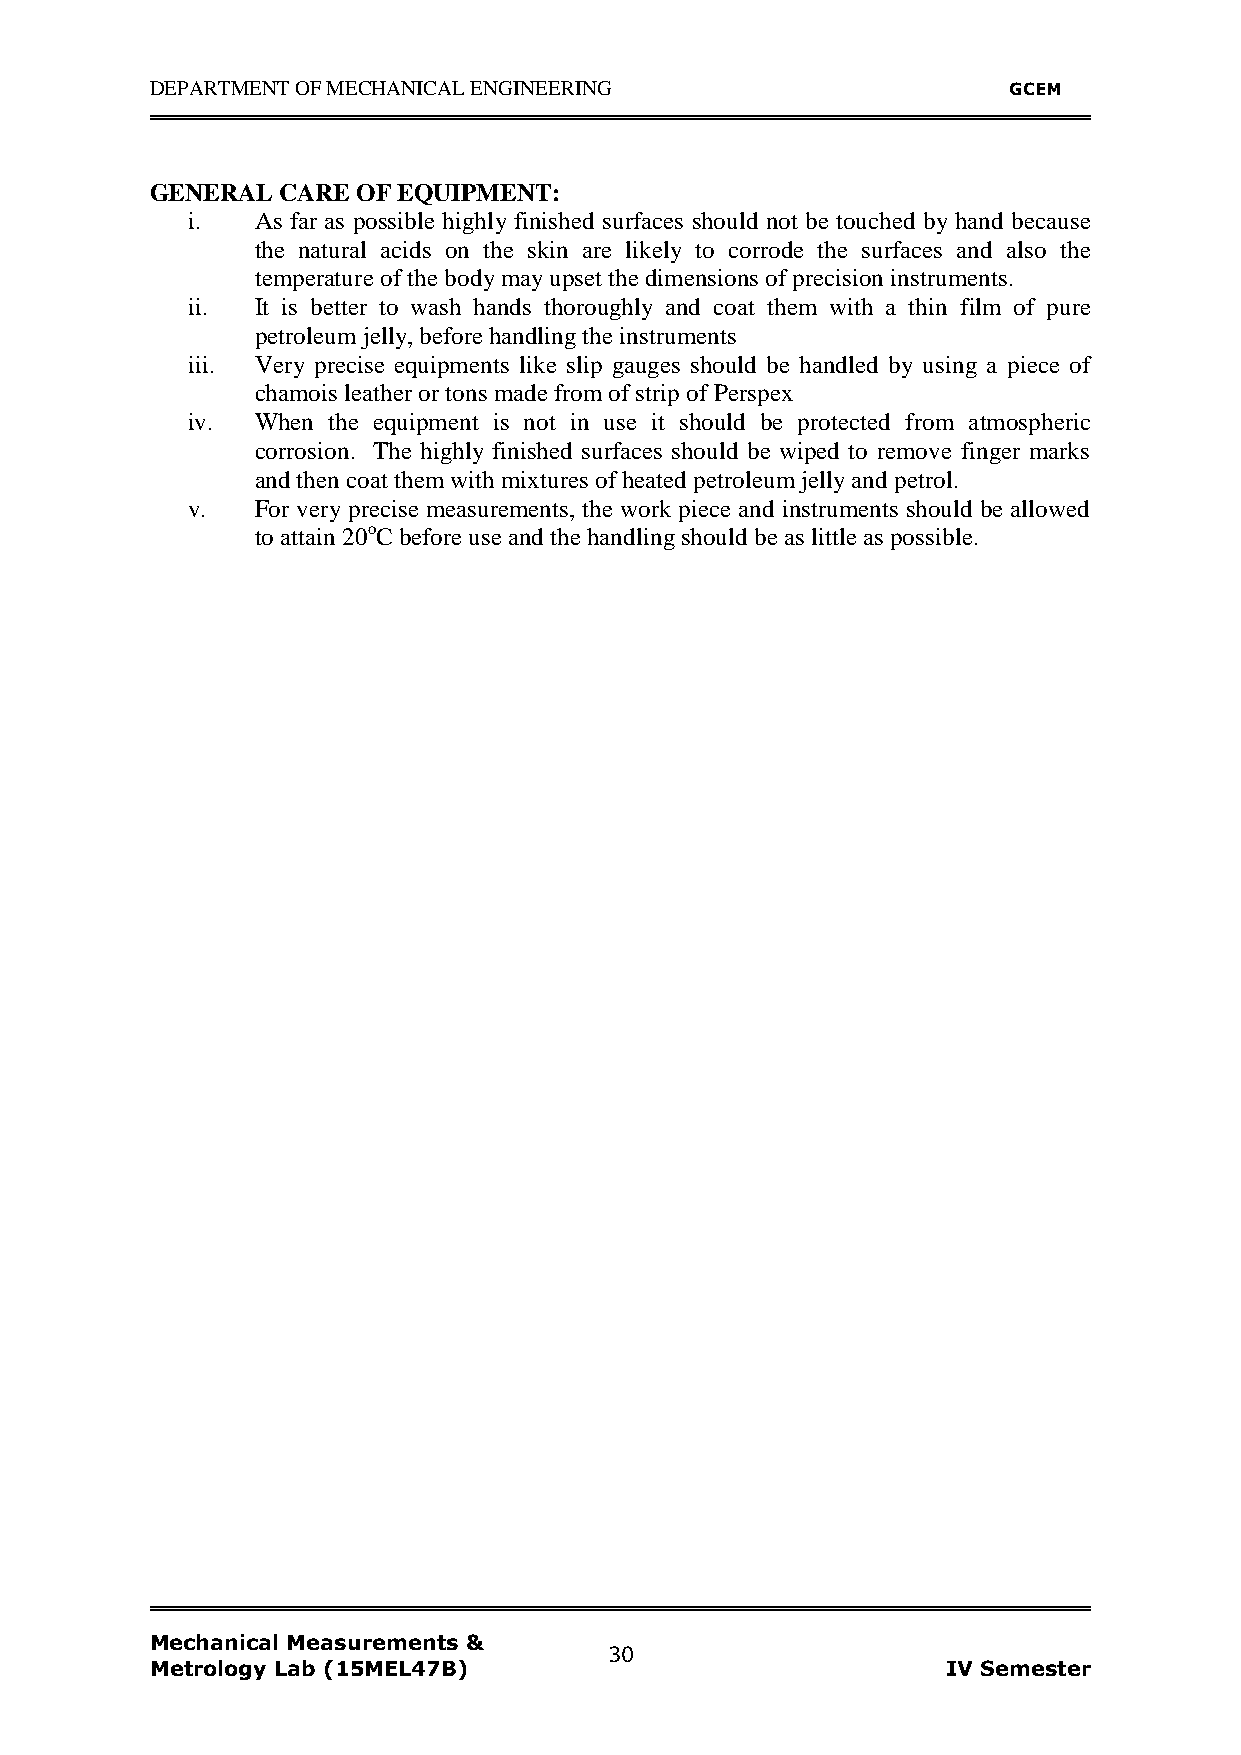
DEPARTMENT OF MECHANICAL ENGINEERING                     GCEM
 GENERAL  CARE OF EQUIPMENT:
 i.   As far as possible highly finished surfaces should not be touched by hand because
 the natural acids on the skin are likely to corrode the surfaces and also the
 temperature of the body may upset the dimensions of precision instruments.
 ii.  It is better to wash hands thoroughly and coat them with a thin film of pure
 petroleum jelly, before handling the instruments
 iii. Very precise equipments like slip gauges should be handled by using a piece of
 chamois leather or tons made from of strip of Perspex
 iv.  When the equipment is not in use it should be protected from atmospheric
 corrosion. The highly finished surfaces should be wiped to remove finger marks
 and then coat them with mixtures of heated petroleum jelly and petrol.
 v.   For very precise measurements, the work piece and instruments should be allowed
 to attain 20oC before use and the handling should be as little as possible.
 Mechanical Measurements &
 30
 Metrology Lab (15MEL47B)                             IV Semester